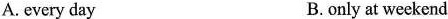
A. every day B. only at weekend